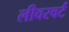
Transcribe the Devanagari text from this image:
लीवरवर्ट